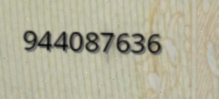
944087636